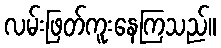
လမ်းဖြတ်ကူးနေကြသည်။